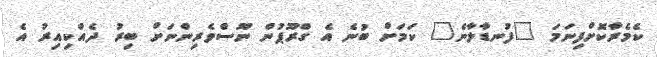
ކެމެރާކޮށްފިނަމަ "ފުނޑާލާނެ" ކަމަށް ބުނެ އެ ގްރޫޕުން ނޫސްވެރިންނަށް ބިރު ދެއްކިއިރު އެ